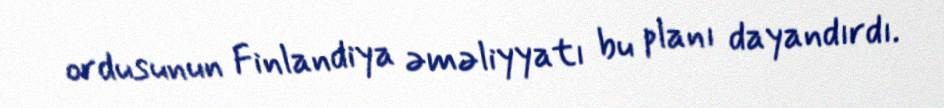
ordusunun Finlandiya əməliyyatı bu planı dayandırdı.